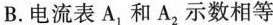
B.电流表A_{1}和A_{2}示数相等